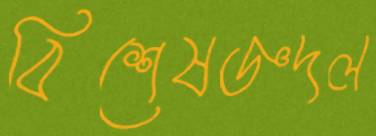
বিশেষজ্ঞদল